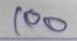
100